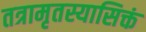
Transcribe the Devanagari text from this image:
तत्रामृतस्यासिक्तं